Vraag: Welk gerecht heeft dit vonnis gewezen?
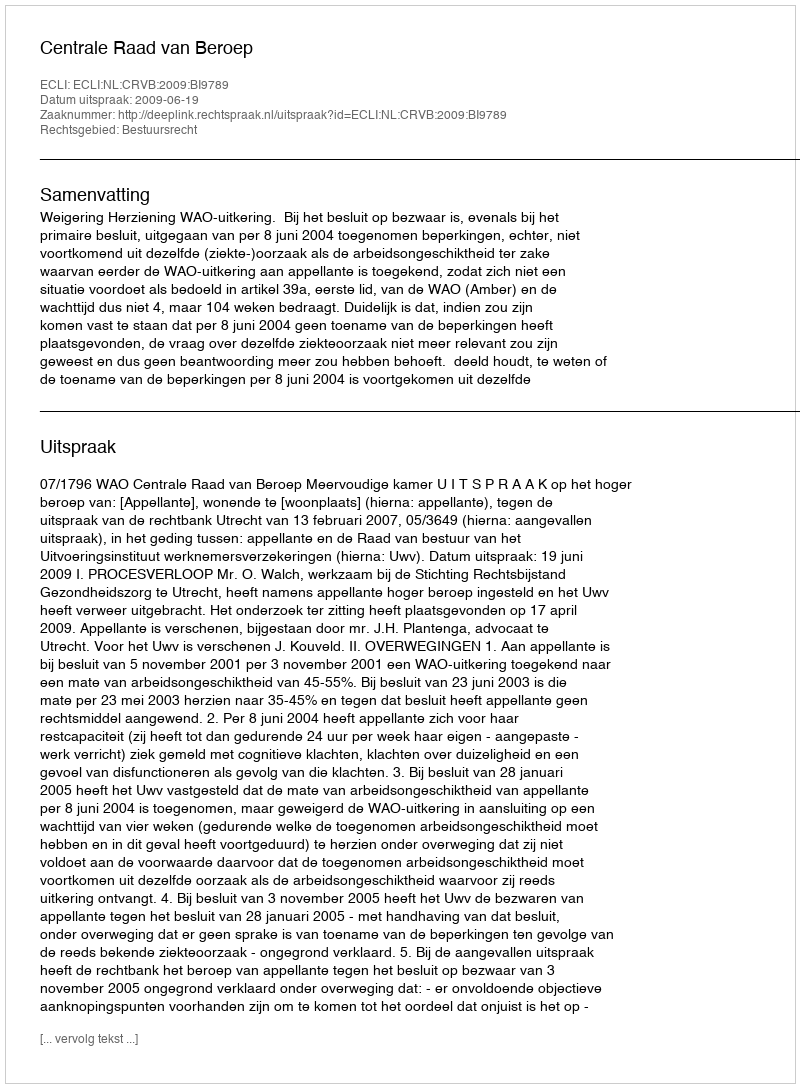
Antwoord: Centrale Raad van Beroep